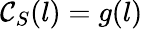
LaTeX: \mathcal{C}_{S}(l)=g(l)